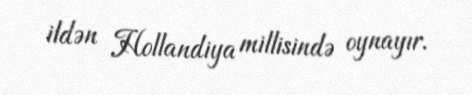
ildən Hollandiya millisində oynayır.